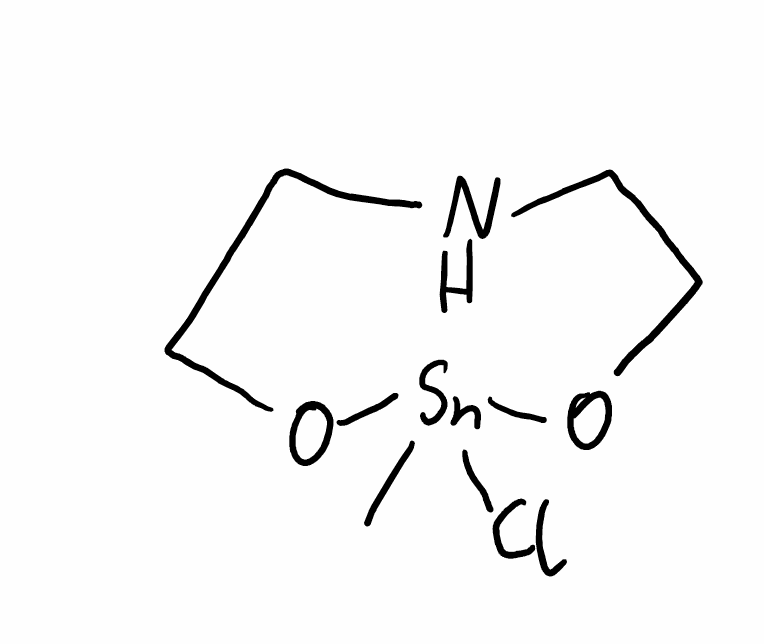
Simplified molecular-input line-entry system (SMILES) notation of the given molecule:
C[Sn]1(OCCNCCO1)Cl